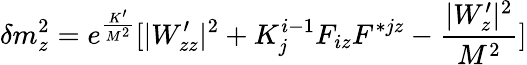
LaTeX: \delta m_{z}^{2}=e^{\frac{K^{\prime}}{M^{2}}}[|W_{zz}^{\prime}|^{2}+K_{j}^{i-1}F_{iz}F^{*jz}-{\frac{|W_{z}^{\prime}|^{2}}{M^{2}}}]